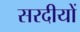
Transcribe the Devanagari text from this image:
सरदीयों